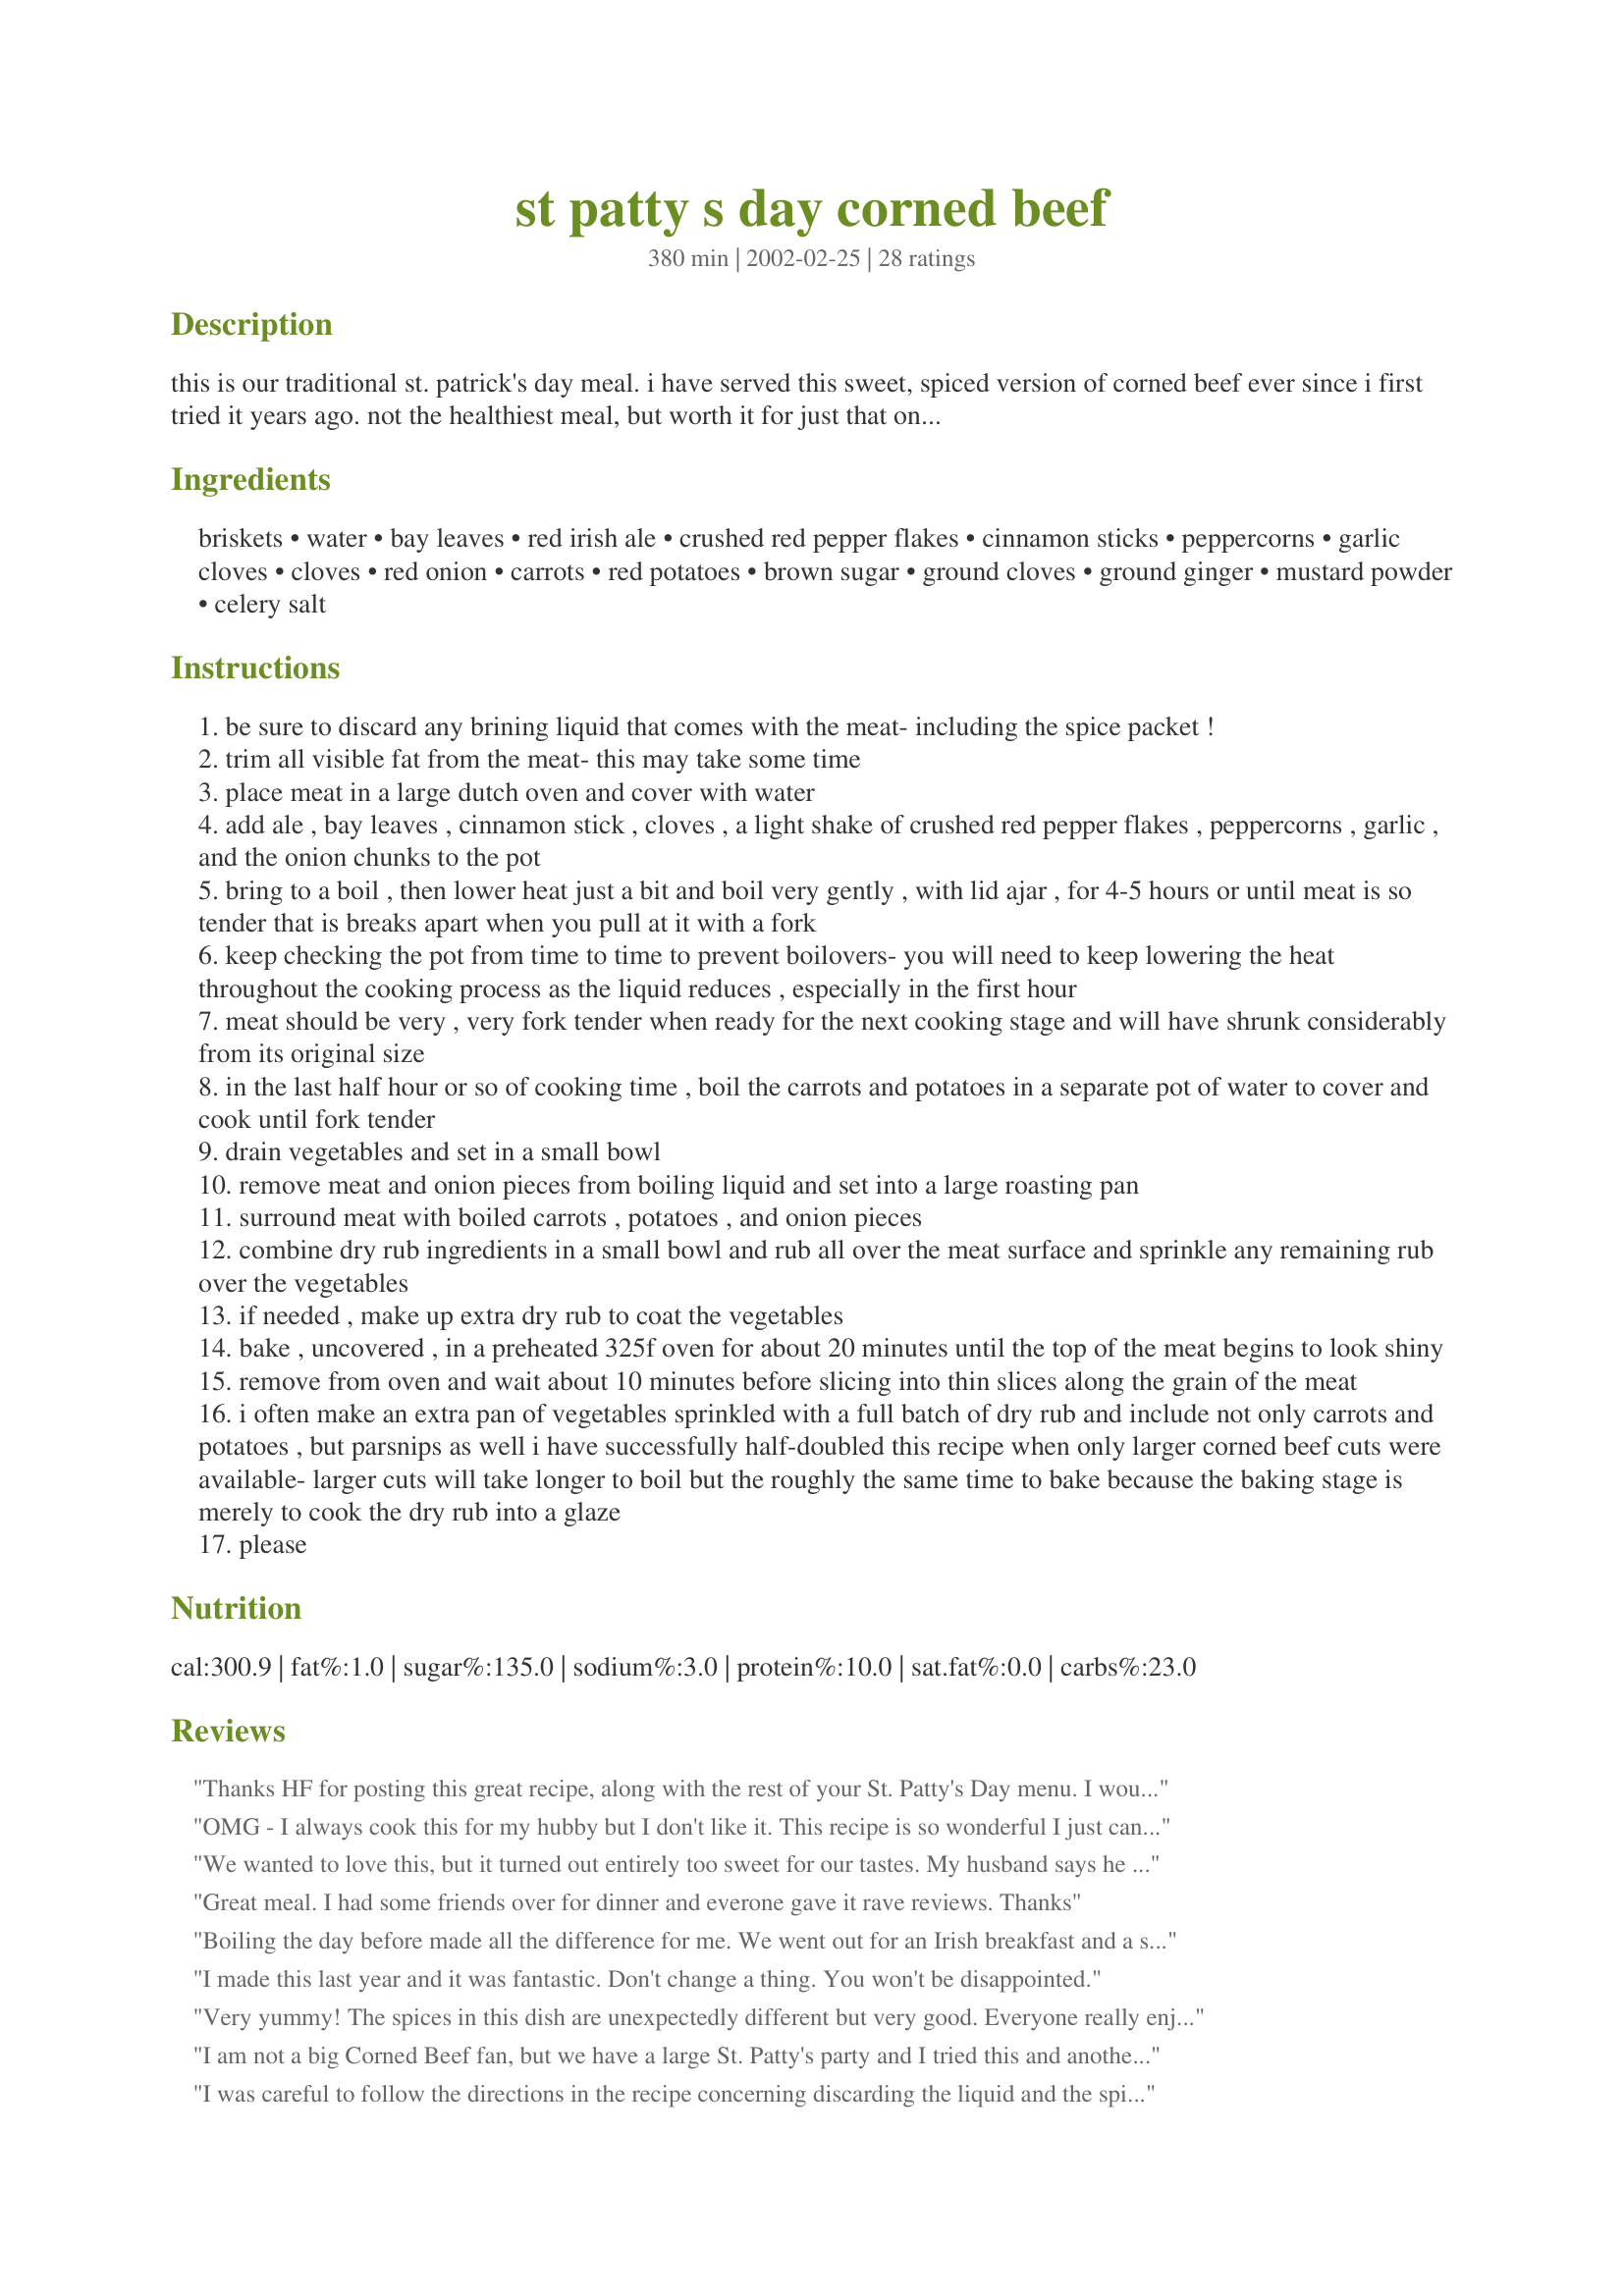
st patty s day corned beef
Preparation time: 380 minutes

this is our traditional st. patrick's day meal. i have served this sweet, spiced version of corned beef ever since i first tried it years ago. not the healthiest meal, but worth it for just that one special holiday each year. i serve this with soda bread, mashed parsnips, and boiled cabbage. this serves 4-6. if you prefer, you can sub mini red skinned potatoes and baby carrots so you don't need to do any cutting, just use more of them. adapted from a killian's recipe.

Ingredients:
briskets, water, bay leaves, red irish ale, crushed red pepper flakes, cinnamon sticks, peppercorns, garlic cloves, cloves, red onion, carrots, red potatoes, brown sugar, ground cloves, ground ginger, mustard powder, celery salt

Steps:
be sure to discard any brining liquid that comes with the meat- including the spice packet !
trim all visible fat from the meat- this may take some time
place meat in a large dutch oven and cover with water
add ale , bay leaves , cinnamon stick , cloves , a light shake of crushed red pepper flakes , peppercorns , garlic , and the onion chunks to the pot
bring to a boil , then lower heat just a bit and boil very gently , with lid ajar , for 4-5 hours or until meat is so tender that is breaks apart when you pull at it with a fork
keep checking the pot from time to time to prevent boilovers- you will need to keep lowering the heat throughout the cooking process as the liquid reduces , especially in the first hour
meat should be very , very fork tender when ready for the next cooking stage and will have shrunk considerably from its original size
in the last half hour or so of cooking time , boil the carrots and potatoes in a separate pot of water to cover and cook until fork tender
drain vegetables and set in a small bowl
remove meat and onion pieces from boiling liquid and set into a large roasting pan
surround meat with boiled carrots , potatoes , and onion pieces
combine dry rub ingredients in a small bowl and rub all over the meat surface and sprinkle any remaining rub over the vegetables
if needed , make up extra dry rub to coat the vegetables
bake , uncovered , in a preheated 325f oven for about 20 minutes until the top of the meat begins to look shiny
remove from oven and wait about 10 minutes before slicing into thin slices along the grain of the meat
i often make an extra pan of vegetables sprinkled with a full batch of dry rub and include not only carrots and potatoes , but parsnips as well i have successfully half-doubled this recipe when only larger corned beef cuts were available- larger cuts will take longer to boil but the roughly the same time to bake because the baking stage is merely to cook the dry rub into a glaze
please

Reviews:
Thanks HF for posting this great recipe, along with the rest of your St. Patty's Day menu. I would not change a thing in regards to the prep of the meat, the cabbage with cheese sauce, the Irish soda bread or the grasshopper pie. My DH said, "this is a keeper, mom." The one thing I think I would change is that next year I'll do the mashed potatoes and snips. I'm was not that found of the potatoes and carrots done in that manor. Not a negative rating, just my personal preference. Just wonderful. DH said I should have my own cooking show. Thanks again for making a very memorable meal. Leslie
OMG - I always cook this for my hubby but I don't like it. This recipe is so wonderful I just can't stand it. Everybody just raved about it. Thankx so much for posting it I'll never cook another corned beef any other way!!!!!
We wanted to love this, but it turned out entirely too sweet for our tastes. My husband says he hates when meat tastes like it's trying to be dessert. The texture was nice though. It was a good try.
Great meal. I had some friends over for dinner and everone gave it rave reviews. Thanks
Boiling the day before made all the difference for me. We went out for an Irish breakfast and a stout, came home finished the meat and vegetables in less than an hour. Took it to a party for 20 and there wasn't a bite left. I had to make it 3 more times that week, and everyone said it was the best they've ever tasted. It was true that it didn't matter on the size of the meat when baking,it was already cooked. We even left it all in the oven on low for an extra hour. Since it wasn't sitting in all that juice, the veggies didn't get mussy. I'll never JUST boil my corned beef again!!!
I made this last year and it was fantastic. Don't change a thing. You won't be disappointed.
Very yummy! The spices in this dish are unexpectedly different but very good. Everyone really enjoyed it. I did use Killian's Red, took the chef's suggestion and used small red potatoes and baby carrots, and used only the amount of dry rub in the recipe. Thanks for sharing the recipe!
I am not a big Corned Beef fan, but we have a large St. Patty's party and I tried this and another Corned beef recipe. This recipe was completely finished and people were raving about it. It is now top of the party list. Thanks
I was careful to follow the directions in the recipe concerning discarding the liquid and the spice packet. I thoroughly rinsed the meat and trimmed the fat. However, the corned beef was so salty we could not eat any of it. What a waste of good meat! The color was very attractive due to the red ale, but the vegetables were too sugary and spicy for our taste. I am returning to my usual way of cooking corned beef. That's how we learn!
I wish I had eaten this after the boiling phase. I stole a small slice before adding the rub and loved it! I wasn't as happy after baking it with the rub. I guess I just don't like meats with sweet glazes, as I thought it really overpowered the delicious flavor of the meat. I will definitely use your recipe for the boiling liquid from now on, however. Thanks for posting.
The long cooking gives the meat a really wonderful texture. The clove in the glaze, however, is so overpowering we had to trim it off. This would be great with a more balanced spice blend.
This was my first time making corned beef (I had only ever had the canned stuff before), and it was well worth the effort! I boiled it for less time than suggested (about 3 hours), but it was still tender and delicious. I served it with colcannon, and so omitted the carrots and potatoes. The rub was a tad sweet for me, but otherwise we loved it. Thanks for sharing!
I made this with Bud Light instead of Killians but I did everything else exactly as stated. My boyfriend (who is EXTREMELY picky) took a bite of the meat and looked at me and said "WOW! This is unbelievable!' I guess that says it all. Thanks for the great recipe.
This is a great recipe. The corned beef is so tender it shreds with a touch. The meat when cut was a beautiful red, due I am sure to the ale, which was enjoyed alone as well. The rub was a nice sweet to the saltness of corned beef. We really enjoyed this meal!
This wasn't a terrible recipe. I do agree with some of the others: sweet corned beef is kind of different, but man oh man that glaze on the carrots and potatoes and cabbage was mighty fine. Next time I'd bake the corned beef separate but sure use that glaze on the veg. I've always liked squash with butter, sour cream, and brown sugar, so the glaze was great for me. All in all, great recipe.
Perfect! Tender and I loved the topping. I will def. make it this way again. I'm also going to use the topping for other dishes I prepare. I served with potatoes and cabbage fried w/ butter, salt and pepper, and Irish soda bread. I loved it,, and theres none left (made 2 corned beefs to.)!! Thank you for posting.
this was really, really6 good. I hesitated to make a brisket, because then tend to be so fatty, and don't "sit well" with our healthy diet. Trimming the fat with kitchen shears is a great hint. Even picky-picky DD#2 loved it. I did, however, cut back on the amount of brown sugar, being diabetic, and didn't notice it having an adverse effect. Hubby really liked this, and I may toy with it and try making it in favorite beer, which is Guiness Stout. The house smelled DIVINE while this was cooking!
I have been eating plain boiled corned beef and cabbage and it was one of my favorite meals. Now this is my new favorite way! I loved the cloves and brown sugar! I didn't have any ale and used a bottled Coors Lite, seemed pretty good to me. Next time I will splurge for the ale. Thanks!
My family loved this corned beef!! The only change that I made was to add the veggies (potatoes, carrots, and parsnips) to the meat during the last half hour of cooking and added enough water to cover. When the meat and the veggies were done, I removed them to the roasting pan with the dry rub, as directed, and added a head of cabbage (cut into wedges) to the cooking water. By the time that the meat was glazed, the cabbage was done. This was a delicious meal. Thank you for sharing this recipe.
My wife and I loved this dish! We even made boiled cabbage and added the dry rub on that. We almost at a whole 2 pound corned beef between the two of us! The flavor the dry rub added was awesome!
I am somewhat embarassed to say that I have never in my life eaten corned beef. This is what I made for our St. Patrick's Day family get-together and boy, have I been missing out. In preparation, I sent my husband out to get the red Irish ale. You are right, that is a very key ingredient. I followed your directions to the letter and I made extra spice rub just for the carrots and potatoes. That is definitely the way to go. The meat was so tender, you could cut it with a fork. The red color was beautiful and impressive. The spice rub had a delicious sweet and spicy flavor. I served it with cabbage and soda bread. So, this is the first St. Patrick's Day that I have made actual Irish cuisine. We loved it and thanks for your most excellent recipe.
I have tried making many different corned beef recipes over the last 25 years, my husband really likes the stuff, and I have hated every single recipe until this one. If you are a die-hard corned beef hating individual I would challenge you to try just one more recipe, this one! I have been making this recipe for the last 6 or 7 years and it is hands down our family&#039;s favorite. It is requested for far more than St. Paddy&#039;s day! This recipe is a winner!!!
Tender yet, it didn't fall apart when it was carved. The glaze was superb. I cooked the carrots and potatoes in the broth, after the corned beef came out of the crock pot.
Great! I'd never made this before, but my father-in-law, who is a wonderful cook, makes it for DH. I was so glad this measured up! Even the kids gobbled it down and asked for seconds, which is unheard of around here! Loved the use of the crock pot. Thanks!
Made this for St. Paddy&#039;s , but when else do you make it? Smelled heavenly, had the neighbors sniffing around my door! This is the first Corned beef I&#039;ve made in my married life as we were married ON St Paddy&#039;s day! Came out great, I left out the veggies (exc onion) as I was making lots of side veggies, I used Moylans Red Ale as I couldn&#039;t find Killians. The rub went over great, the only request was that I had used more of it. :) Thanks!
I accidentally bought a beef brisket instead of corn beef. Would this recipe still work with that?
I made this for St. Patrick's Day this year. The method was similar to how I have done corned beef in the past, finishing it up in the oven. I did reduce the brown sugar by half for the rub and only put it on the meat. It was a really delicious addition to the corned beef. Great flavor. Thanks for posting your family favorite! Pam
Since I am not fond of sweet meats I did not use as much sugar as your recipe suggested but rather sprinkled it over and broiled it. I will make this often - it was eaten in a flash! Thank you for a great recipe.
